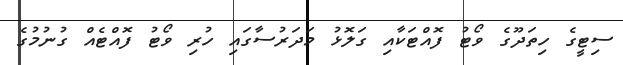
ސިޓީގެ ހިތަދޫގެ ވޯޓު ފޮއްޓަކާއި ގަލޮޅު މަދަރުސާގައި ހުރި ވޯޓު ފޮއްޓެއް ގުނުމުގެ